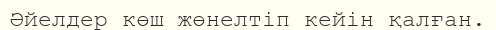
Әйелдер көш жөнелтіп кейін қалған.